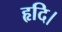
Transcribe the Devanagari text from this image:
हृदि।